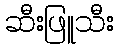
ဆီးဖြူသီး